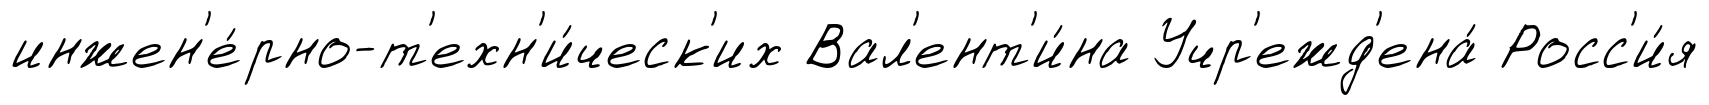
инжен'е́рно-т'ехн'и́ческ'их Вал'ент'и́на Учр'ежд'ена́ Росс'и́я